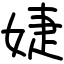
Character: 婕